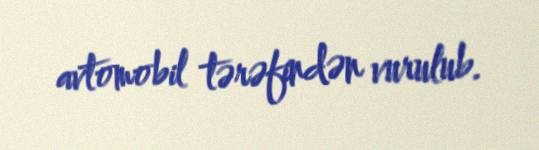
avtomobil tərəfindən vurulub.